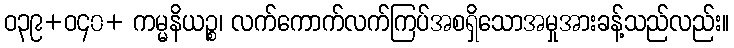
ဝ၃၉+ဝ၄၀+ ကမ္မနိယဉ္စ၊ လက်ကောက်လက်ကြပ်အစရှိသောအမှုအားခန့်သည်လည်း။